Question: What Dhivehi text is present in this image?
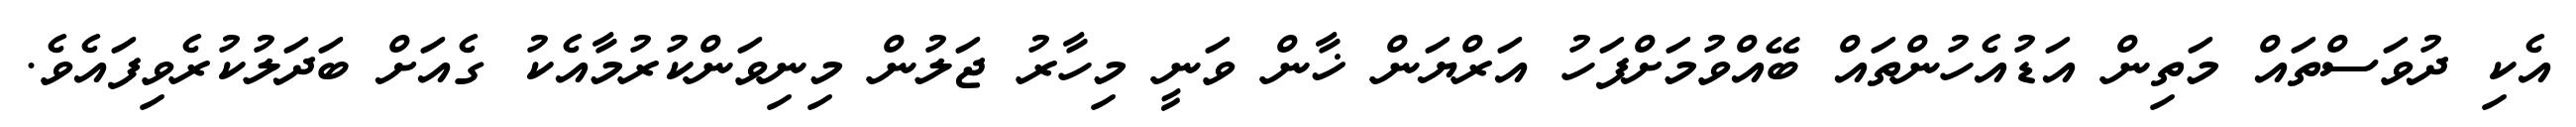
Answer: އެކި ދުވަސްތައް މަތިން އަޑުއެހުންތައް ބޭއްވުމަށްފަހު އަރްޔަން ޚާން ވަނީ މިހާރު ޖަލުން މިނިވަންކުރުމާއެކު ގެއަށް ބަދަލުކުރެވިފައެވެ.